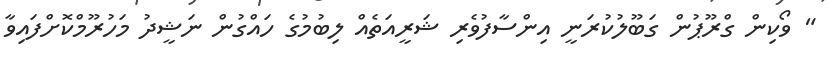
" ވޯކިން ގްރޫޕުން ގަބޫލުކުރަނީ އިންސާފުވެރި ޝަރީއަތެއް ލިބުމުގެ ހައްގުން ނަޝީދު މަހުރޫމްކޮށްފައިވާ